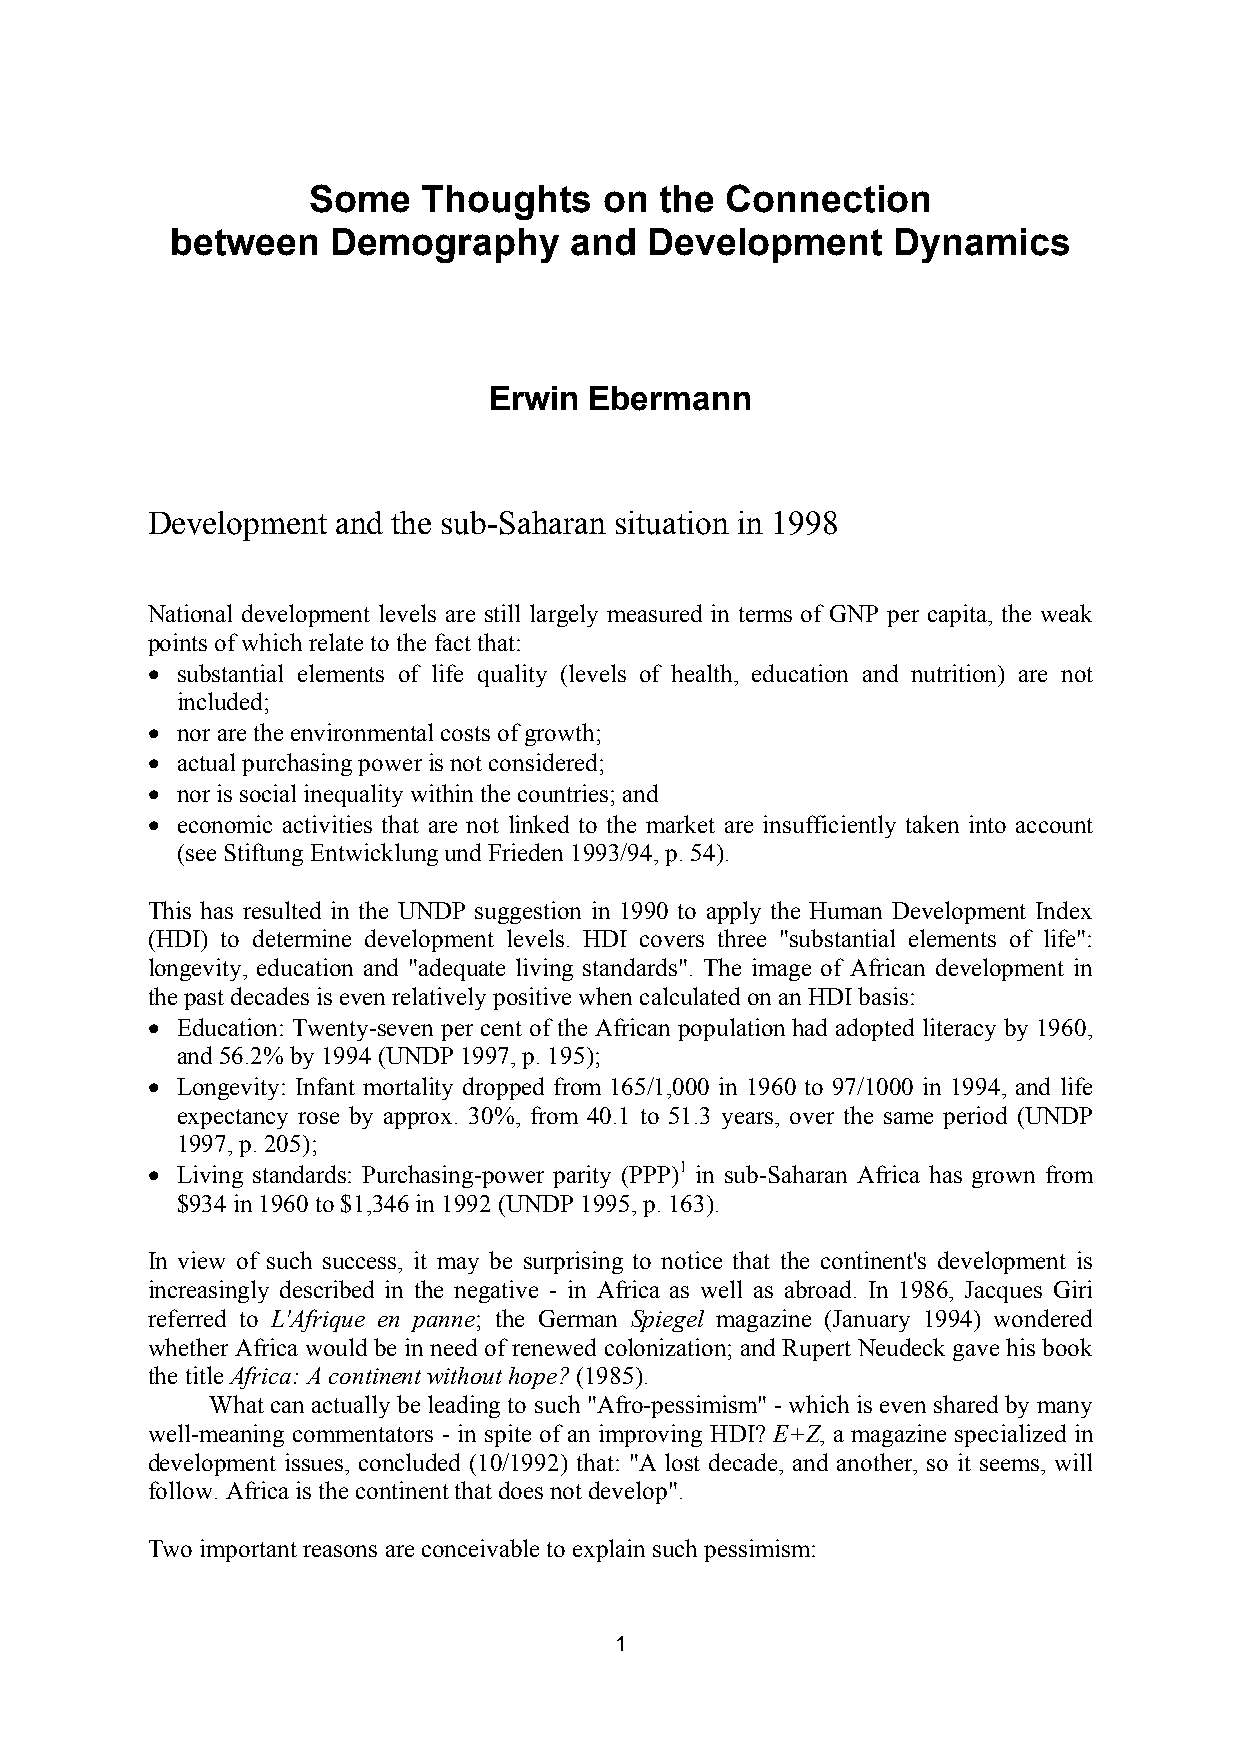
Some    Thoughts    on  the Connection
 between    Demography      and  Development     Dynamics
 Erwin  Ebermann
 Development and the sub-Saharan situation in 1998
 National development levels are still largely measured in terms of GNP per capita, the weak
 points of which relate to the fact that:
 • substantial elements of life quality (levels of health, education and nutrition) are not
 included;
 • nor are the environmental costs of growth;
 • actual purchasing power is not considered;
 • nor is social inequality within the countries; and
 • economic activities that are not linked to the market are insufficiently taken into account
 (see Stiftung Entwicklung und Frieden 1993/94, p. 54).
 This has resulted in the UNDP suggestion in 1990 to apply the Human Development Index
 (HDI) to determine development levels. HDI covers three "substantial elements of life":
 longevity, education and "adequate living standards". The image of African development in
 the past decades is even relatively positive when calculated on an HDI basis:
 • Education: Twenty-seven per cent of the African population had adopted literacy by 1960,
 and 56.2% by 1994 (UNDP 1997, p. 195);
 • Longevity: Infant mortality dropped from 165/1,000 in 1960 to 97/1000 in 1994, and life
 expectancy rose by approx. 30%, from 40.1 to 51.3 years, over the same period (UNDP
 1997, p. 205);
 • Living standards: Purchasing-power parity (PPP)1 in sub-Saharan Africa has grown from
 $934 in 1960 to $1,346 in 1992 (UNDP 1995, p. 163).
 In view of such success, it may be surprising to notice that the continent's development is
 increasingly described in the negative - in Africa as well as abroad. In 1986, Jacques Giri
 referred to L'Afrique en panne; the German Spiegel magazine (January 1994) wondered
 whether Africa would be in need of renewed colonization; and Rupert Neudeck gave his book
 the title Africa: A continent without hope? (1985).
 What can actually be leading to such "Afro-pessimism" - which is even shared by many
 well-meaning commentators - in spite of an improving HDI? E+Z, a magazine specialized in
 development issues, concluded (10/1992) that: "A lost decade, and another, so it seems, will
 follow. Africa is the continent that does not develop".
 Two important reasons are conceivable to explain such pessimism:
 1